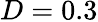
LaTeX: D=0.3